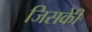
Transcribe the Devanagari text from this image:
जिसकीे